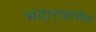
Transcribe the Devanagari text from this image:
भंडार्‍यातील